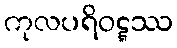
ကုလပရိဝဋ္ဋဿ